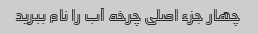
چهار جزء اصلی چرخه آب را نام ببرید